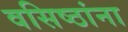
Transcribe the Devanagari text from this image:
वसिष्ठांना